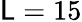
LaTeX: \mathsf{L}=15